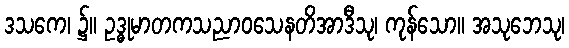
ဒသကေ၊ ၌။ ဥဒ္ဓုမာတကသညာဝသေနတိအာဒီသု၊ ကုန်သော။ အသုဘေသု၊